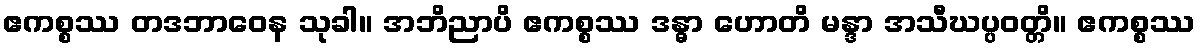
ဧကစ္စဿ တဒဘာဝေန သုခါ။ အဘိညာပိ ဧကစ္စဿ ဒန္ဓာ ဟောတိ မန္ဒာ အသီဃပ္ပဝတ္တိ။ ဧကစ္စဿ